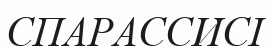
СПАРАССИСІ